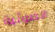
الضوئية